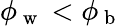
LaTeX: \phi_{\mathrm{~w~}}<\phi_{\mathrm{~b~}}